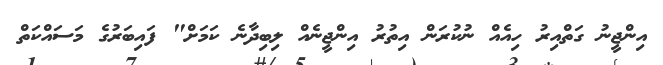
އިންޖީނު ގަތްއިރު ހިއެއް ނުކުރަން އިތުރު އިންޖީނެއް ލިބިދާނެ ކަމަށް" ފައިބަރުގެ މަސައްކަތް